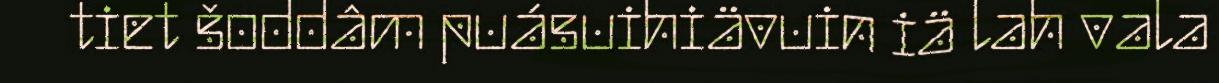
tiet šoddâm puásuihiävuin iä lah vala